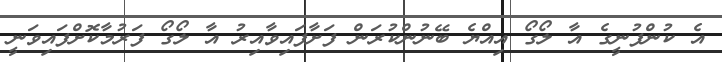
އެ ކުންފުނީގެ އާ ލޯގޯ އިއްޔެ ބޭނުންކުރަން ފަށާފައިވާއިރު އާ ލޯގޯ ފަރުމާކޮށްފައިވަނީ